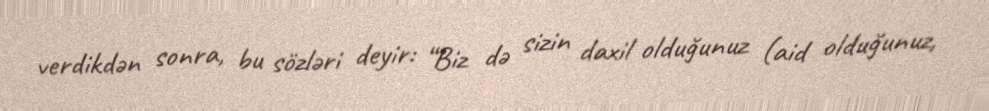
verdikdən sonra, bu sözləri deyir: “Biz də sizin daxil olduğunuz (aid olduğunuz,